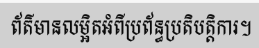
ព័ត៌មានលម្អិតអំពីប្រព័ន្ធប្រតិបត្តិការ។